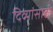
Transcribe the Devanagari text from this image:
दिव्यांसाठी